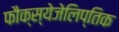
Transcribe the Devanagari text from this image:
फौक्स्येजेलिप्तिक